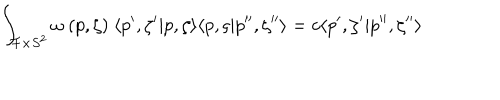
\int _ { { \cal F } \times S ^ { 2 } } \omega \ ( p , \zeta ) \; \langle p ^ { \prime } , \zeta ^ { \prime } | p , \zeta \rangle \langle p , \varsigma | p ^ { \prime \prime } , \zeta ^ { \prime \prime } \rangle = c \langle p ^ { \prime } , \zeta ^ { \prime } | p ^ { \prime \prime } , \zeta ^ { \prime \prime } \rangle